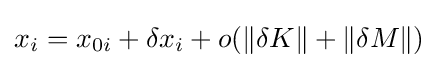
x_{i}=x_{0i}+\delta x_{i}+o(\|\delta K\|+\|\delta M\|)